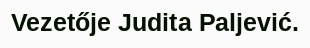
Vezetője Judita Paljević.